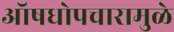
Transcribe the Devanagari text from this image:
ऑषधोपचारामुळे